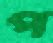
প